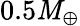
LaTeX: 0.5\mathit{M}_{\oplus}